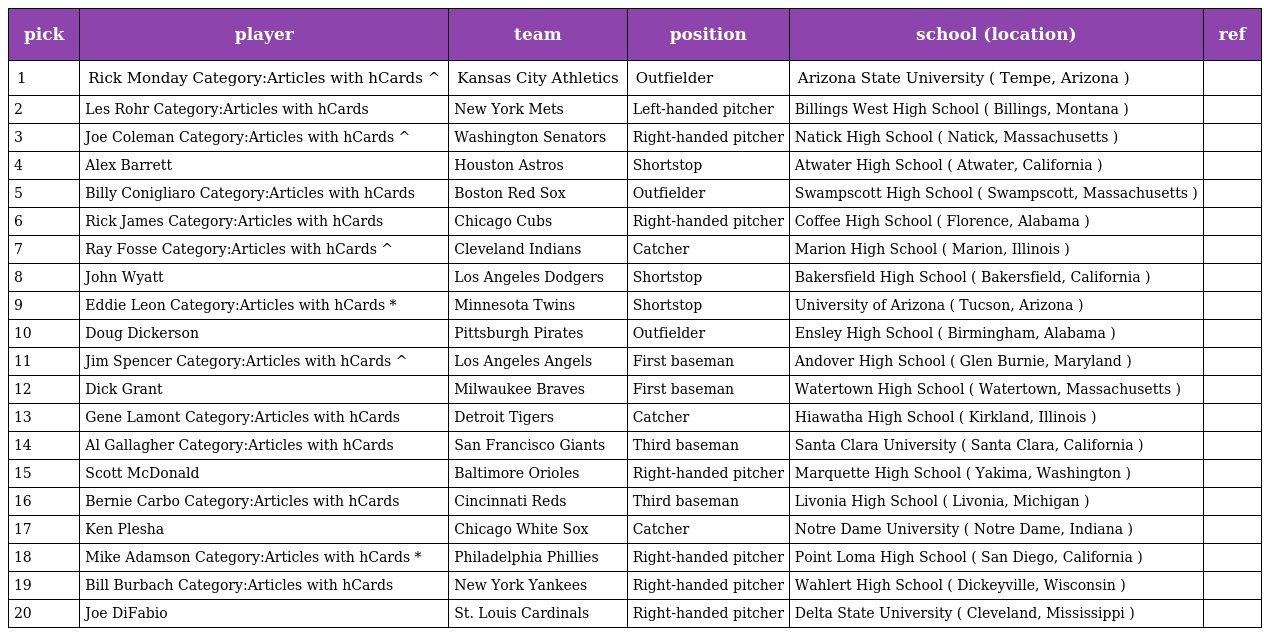
| pick | player | team | position | school (location) | ref |
 | --- | --- | --- | --- | --- | --- |
 | 1 | Rick Monday Category:Articles with hCards ^ | Kansas City Athletics | Outfielder | Arizona State University ( Tempe, Arizona ) |  |
 | 2 | Les Rohr Category:Articles with hCards | New York Mets | Left-handed pitcher | Billings West High School ( Billings, Montana ) |  |
 | 3 | Joe Coleman Category:Articles with hCards ^ | Washington Senators | Right-handed pitcher | Natick High School ( Natick, Massachusetts ) |  |
 | 4 | Alex Barrett | Houston Astros | Shortstop | Atwater High School ( Atwater, California ) |  |
 | 5 | Billy Conigliaro Category:Articles with hCards | Boston Red Sox | Outfielder | Swampscott High School ( Swampscott, Massachusetts ) |  |
 | 6 | Rick James Category:Articles with hCards | Chicago Cubs | Right-handed pitcher | Coffee High School ( Florence, Alabama ) |  |
 | 7 | Ray Fosse Category:Articles with hCards ^ | Cleveland Indians | Catcher | Marion High School ( Marion, Illinois ) |  |
 | 8 | John Wyatt | Los Angeles Dodgers | Shortstop | Bakersfield High School ( Bakersfield, California ) |  |
 | 9 | Eddie Leon Category:Articles with hCards * | Minnesota Twins | Shortstop | University of Arizona ( Tucson, Arizona ) |  |
 | 10 | Doug Dickerson | Pittsburgh Pirates | Outfielder | Ensley High School ( Birmingham, Alabama ) |  |
 | 11 | Jim Spencer Category:Articles with hCards ^ | Los Angeles Angels | First baseman | Andover High School ( Glen Burnie, Maryland ) |  |
 | 12 | Dick Grant | Milwaukee Braves | First baseman | Watertown High School ( Watertown, Massachusetts ) |  |
 | 13 | Gene Lamont Category:Articles with hCards | Detroit Tigers | Catcher | Hiawatha High School ( Kirkland, Illinois ) |  |
 | 14 | Al Gallagher Category:Articles with hCards | San Francisco Giants | Third baseman | Santa Clara University ( Santa Clara, California ) |  |
 | 15 | Scott McDonald | Baltimore Orioles | Right-handed pitcher | Marquette High School ( Yakima, Washington ) |  |
 | 16 | Bernie Carbo Category:Articles with hCards | Cincinnati Reds | Third baseman | Livonia High School ( Livonia, Michigan ) |  |
 | 17 | Ken Plesha | Chicago White Sox | Catcher | Notre Dame University ( Notre Dame, Indiana ) |  |
 | 18 | Mike Adamson Category:Articles with hCards * | Philadelphia Phillies | Right-handed pitcher | Point Loma High School ( San Diego, California ) |  |
 | 19 | Bill Burbach Category:Articles with hCards | New York Yankees | Right-handed pitcher | Wahlert High School ( Dickeyville, Wisconsin ) |  |
 | 20 | Joe DiFabio | St. Louis Cardinals | Right-handed pitcher | Delta State University ( Cleveland, Mississippi ) |  |